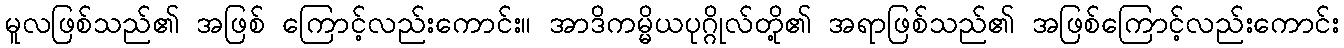
မူလဖြစ်သည်၏ အဖြစ် ကြောင့်လည်းကောင်း။ အာဒိကမ္မိယပုဂ္ဂိုလ်တို့၏ အရာဖြစ်သည်၏ အဖြစ်ကြောင့်လည်းကောင်း